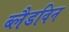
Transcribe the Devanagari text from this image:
ब्लैडविन